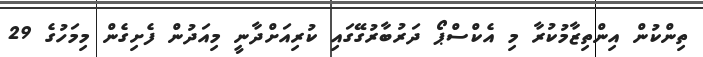
ތިންކުން އިންތިޒާމުކުރާ މި އެކްސްޕޯ ދަރުބާރުގޭގައި ކުރިއަށްދާނީ މިއަދުން ފެށިގެން މިމަހުގެ 29